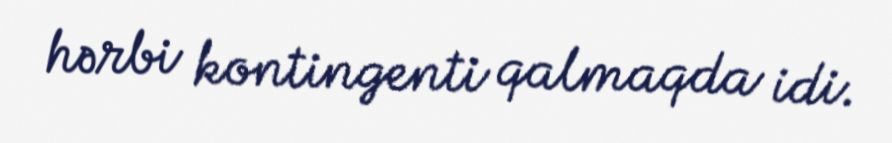
hərbi kontingenti qalmaqda idi.